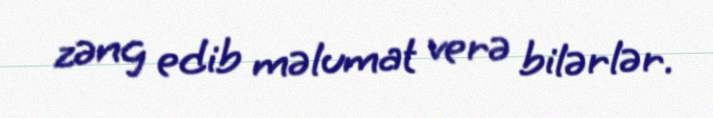
zəng edib məlumat verə bilərlər.